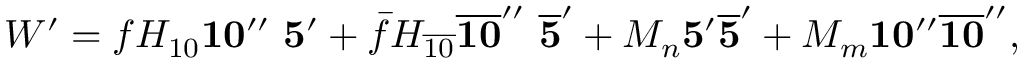
W ^ { \prime } = f H _ { 1 0 } { \bf 1 0 ^ { \prime \prime } } \ { \bf 5 ^ { \prime } } + \bar { f } H _ { \overline { { { 1 0 } } } } { \bf \overline { { { 1 0 } } } ^ { \prime \prime } } \ { \bf \overline { { { 5 } } } ^ { \prime } } + M _ { n } { \bf 5 ^ { \prime } } { \bf \overline { { { 5 } } } ^ { \prime } } + M _ { m } { \bf 1 0 ^ { \prime \prime } } { \bf \overline { { { 1 0 } } } ^ { \prime \prime } } ,